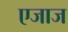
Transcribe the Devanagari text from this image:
एजाज